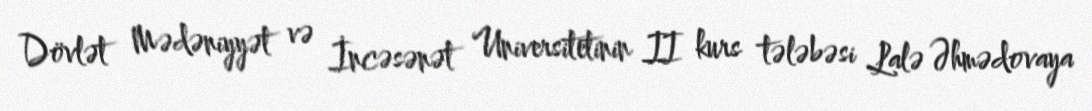
Dövlət Mədəniyyət və İncəsənət Universitetinin II kurs tələbəsi Lalə Əhmədovaya